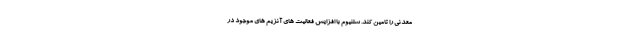
معدنی را تامین کند. سلنیوم با افزایش فعالیت های آنزیم های موجود در